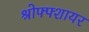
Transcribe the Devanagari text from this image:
श्रोफ्फ्शायर